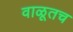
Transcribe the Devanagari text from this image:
वाळूतच